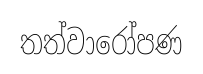
තත්වාරෝපණ